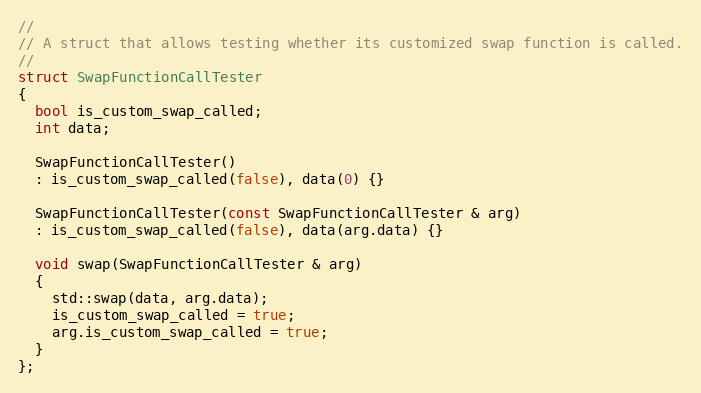
Language: C++
//
// A struct that allows testing whether its customized swap function is called.
//
struct SwapFunctionCallTester
{
  bool is_custom_swap_called;
  int data;

  SwapFunctionCallTester()
  : is_custom_swap_called(false), data(0) {}

  SwapFunctionCallTester(const SwapFunctionCallTester & arg)
  : is_custom_swap_called(false), data(arg.data) {}

  void swap(SwapFunctionCallTester & arg)
  {
    std::swap(data, arg.data);
    is_custom_swap_called = true;
    arg.is_custom_swap_called = true;
  }
};